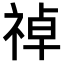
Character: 𫀑